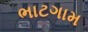
ભાટગામ